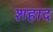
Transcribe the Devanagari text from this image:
शहाद